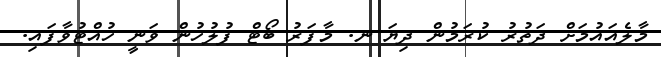
މާލެއައުމަށް ދަތުރު ކުރަމުން ދިޔަ ނ. މާފަރު ބޯޓް ފުލުހުން ވަނީ ހުއްޓުވާފައި.